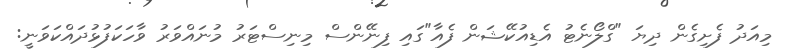
މިއަދު ފެށިގެން ދިޔަ "ގްލޯނެޓު އެޑިއުކޭޝަން ފެއާ"ގައި ފިނޭންސް މިނިސްޓަރު މުނައްވަރު ވާހަކަފުޅުދައްކަވަނީ: